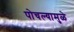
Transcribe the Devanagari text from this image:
पोचल्यामुळे